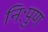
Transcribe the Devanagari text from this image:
निःपुण